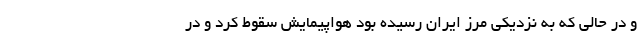
و در حالي كه به نزديكي مرز ايران رسيده بود هواپيمايش سقوط كرد و در